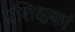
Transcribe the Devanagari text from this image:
प्रशिक्षकां